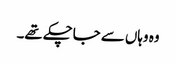
وہ وہاں سے جاچکے تھے۔